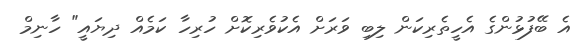
އެ ބޭފުޅުންގެ އެހީތެރިކަން ލިބި ވަރަށް އެކުވެރިކޮށް ހުރިހާ ކަމެއް ދިޔައީ" ހާނިމް